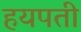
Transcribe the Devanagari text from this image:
हयपती